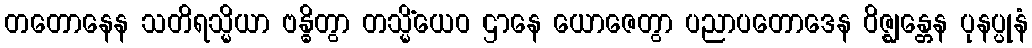
တတောနေန သတိရသ္မိယာ ဗန္ဓိတွာ တသ္မိံယေဝ ဌာနေ ယောဇေတွာ ပညာပတောဒေန ဝိဇ္ဈန္တေန ပုနပ္ပုနံ